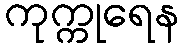
ကုက္ကုရေန